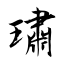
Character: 璛